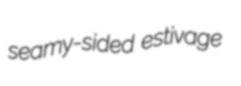
seamy-sided estivage